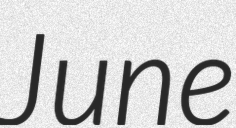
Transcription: June